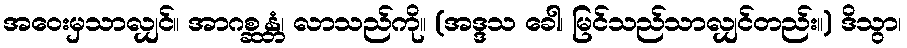
အဝေးမှသာလျှင်။ အာဂစ္ဆန္တံ၊ လာသည်ကို။ (အဒ္ဒသ ခေါ၊ မြင်သည်သာလျှင်တည်း။) ဒိသွာ၊